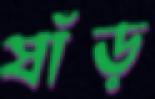
ষাঁড়